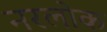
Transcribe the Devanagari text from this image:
नरलोक